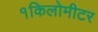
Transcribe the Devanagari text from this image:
१किलोमीटर